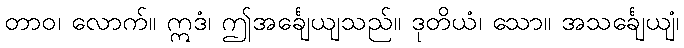
တာဝ၊ လောက်။ ဣဒံ၊ ဤအင်္ချေယျသည်။ ဒုတိယံ၊ သော။ အသင်္ချေယျံ၊